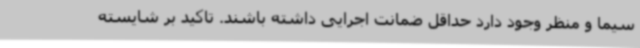
سیما و منظر وجود دارد حداقل ضمانت اجرایی داشته باشند. تاکید بر شایسته